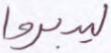
ليدبروا